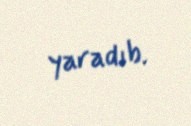
yaradıb.